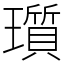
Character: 瓆